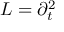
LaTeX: L = \partial _ { t } ^ { 2 }